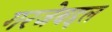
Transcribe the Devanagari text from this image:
गरजेबद्दल